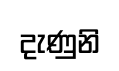
දැණුනි